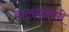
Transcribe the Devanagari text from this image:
बालाहस्ती